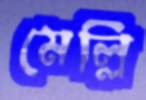
মেল্লি